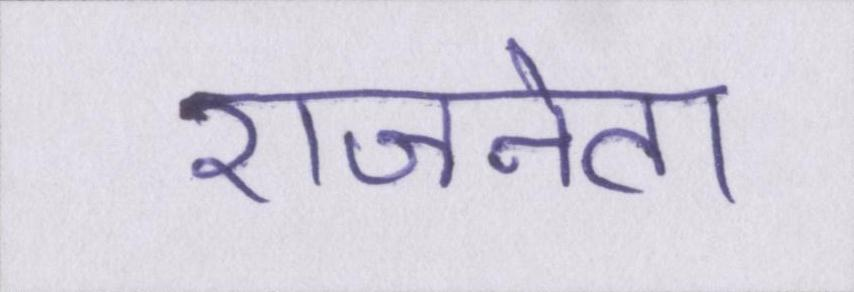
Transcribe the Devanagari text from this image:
राजनेता